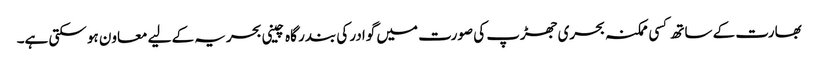
بھارت کے ساتھ کسی ممکنہ بحری جھڑپ کی صورت میں گوادر کی بندر گاہ چینی بحریہ کے لیے معاون ہو سکتی ہے۔